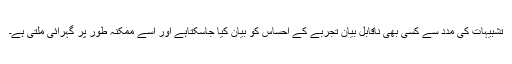
تشبیہات کی مدد سے کسی بھی ناقابل بیان تجربے کے احساس کو بیان کیا جاسکتاہے اور اسے ممکنہ طور پر گہرائی ملتی ہے۔